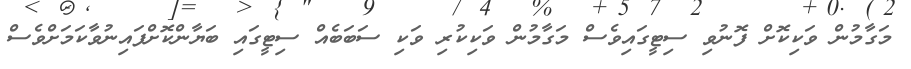
މަގާމުން ވަކިކޮށް ފޮނުވި ސިޓީގައިވެސް މަގާމުން ވަކިކުރި ވަކި ސަބަބެއް ސިޓީގައި ބަޔާންކޮށްފައިނުވާކަމަށްވެސް